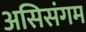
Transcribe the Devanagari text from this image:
असिसंगम